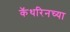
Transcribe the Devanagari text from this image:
कॅथरिनच्या